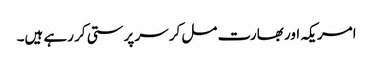
امریکہ اور بھارت مل کر سر پرستی کر رہے ہیں۔